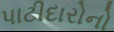
પાટીદારોનો